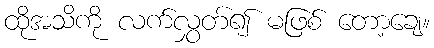
ထိုအသိကို လက်လွှတ်၍ မဖြစ် တော့ချေ။